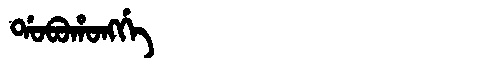
Manchu: ᡩᠣᠪᠣᡥᠣᠩᡤᡝ
Romanization: DOBOHONGGE